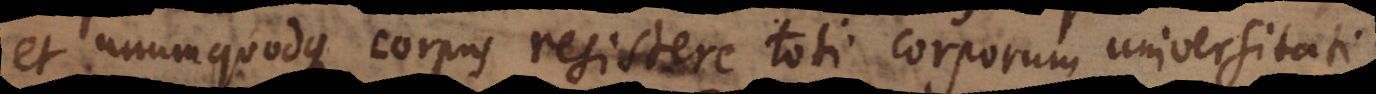
et unumquodque corpus resistere toti corporum universitati